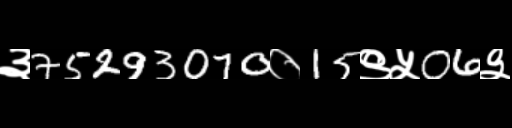
Text: ३75293070०15९५06३